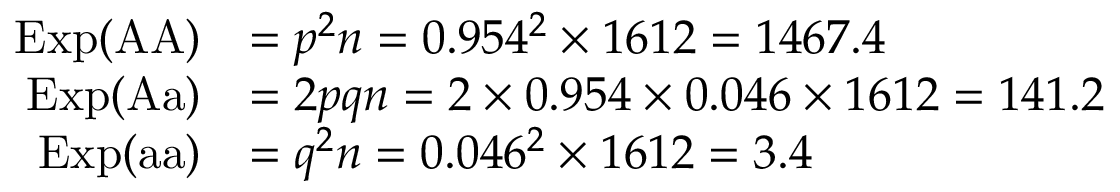
{ \begin{array} { r l } { \mathrm { E x p } ( { \mathrm { A A } } ) } & { = p ^ { 2 } n = 0 . 9 5 4 ^ { 2 } \times 1 6 1 2 = 1 4 6 7 . 4 } \\ { \mathrm { E x p } ( { \mathrm { A a } } ) } & { = 2 p q n = 2 \times 0 . 9 5 4 \times 0 . 0 4 6 \times 1 6 1 2 = 1 4 1 . 2 } \\ { \mathrm { E x p } ( { \mathrm { a a } } ) } & { = q ^ { 2 } n = 0 . 0 4 6 ^ { 2 } \times 1 6 1 2 = 3 . 4 } \end{array} }